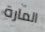
المارة